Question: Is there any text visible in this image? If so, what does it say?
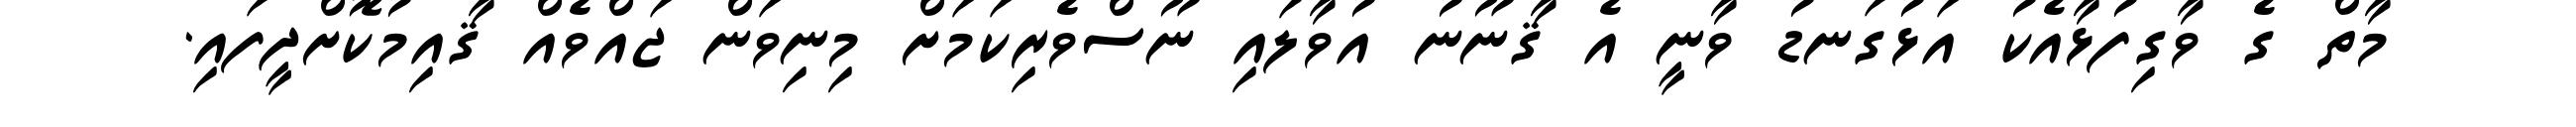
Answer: މާތް ގެ ވާގިފުޅާއެކު އަޅުގަނޑު ވާނީ އެ ޤާނޫނު އުވާލައި ނޫސްވެރިކަމަށް މިނިވަން ޖައްވެއް ޤާއިމުކޮށްދީފައި.